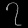
Digit: ၇